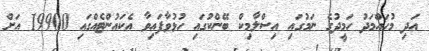
އަދި މުހައްމަދު ހަމީދުގެ ނަމުގައި އިސްލާމިކް ބޭންކުގައި ހުޅުވާފައިވާ އެކައުންޓެއްގައި 19900 އަށް